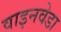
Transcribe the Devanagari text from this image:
वाइनवेडा